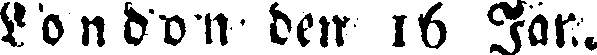
London den 16 Jan.